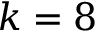
k = 8